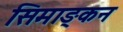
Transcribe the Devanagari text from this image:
सिमाङ्कन